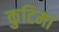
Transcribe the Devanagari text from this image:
कुटिमा